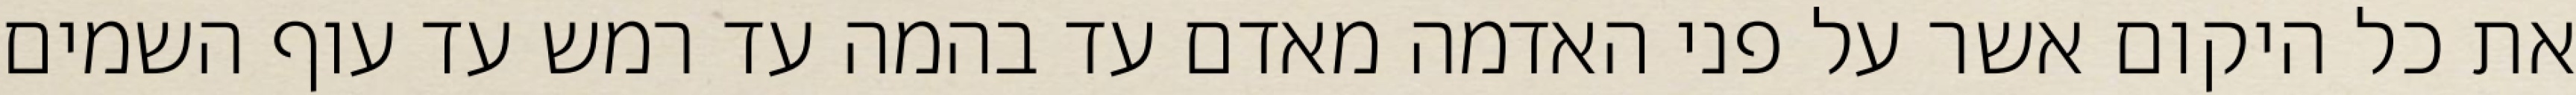
את כל היקום אשר על פני האדמה מאדם עד בהמה עד רמש עד עוף השמים